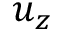
u _ { z }